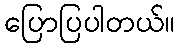
ပြောပြပါတယ်။